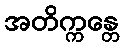
အတိက္ကန္တေ